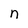
Character: n